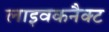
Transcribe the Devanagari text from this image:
लाइवकनैक्ट